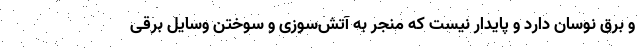
و برق نوسان دارد و پایدار نیست که منجر به آتش‌سوزی و سوختن وسایل برقی